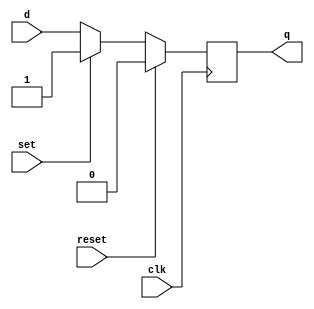
module d_flip_flop (
    input wire clk,
    input wire reset,
    input wire set,
    input wire d,
    output reg q
);

always @ (posedge clk) begin
    if (reset) begin
        q <= 0; // Predefined state for reset
    end else if (set) begin
        q <= 1; // Predefined value for set
    end else begin
        q <= d; // Store input data on rising edge of clock
    end
end

endmodule